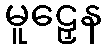
မူဠှေန